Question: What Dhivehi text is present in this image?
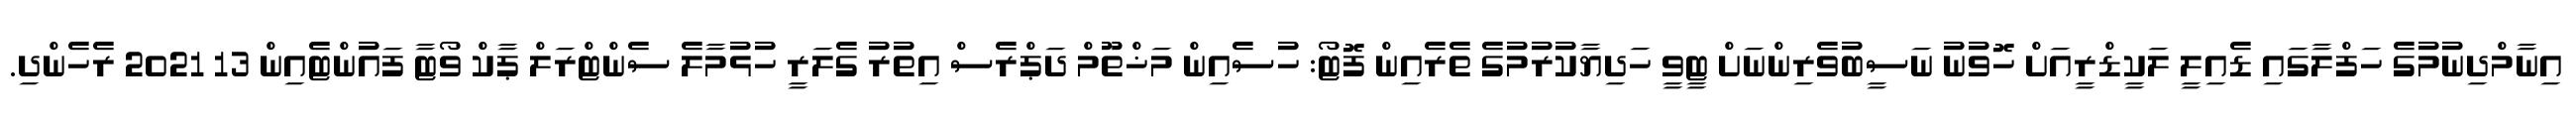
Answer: އިނާމްދިނުމުގެ ހަފްލާގައި ޑެއިލީ ލަކީޑްރީއަށް ހޮވުނު ނަސީބުވެރިންނަށް ޓީވީ ހަދިޔާކުރުމުގެ ތެރެއިން ފޮޓޯ: ހުސެއިން މަޚްތޫމް ދަޕްރެސް އިތުރު ގެލަރީ ހުޅުމާލެ ސެންޓްރަލް ޕާކް ވޯޓާ ފައުންޓެއިން 13 2021 ރެހެންދި.